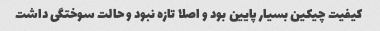
کیفیت چیکین بسیار پایین بود و اصلا تازه نبود و حالت سوختگی داشت